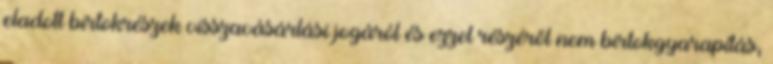
eladott birtokrészek visszavásárlási jogáról és ezzel részéről nem birtokgyarapítás,